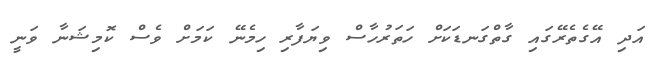
އަދި އޭގެތެރޭގައި ގާތްގަނޑަކަށް ހަތަރުހާސް ވިޔަފާރި ހިމެނޭ ކަމަށް ވެސް ކޮމިޝަނާ ވަނީ